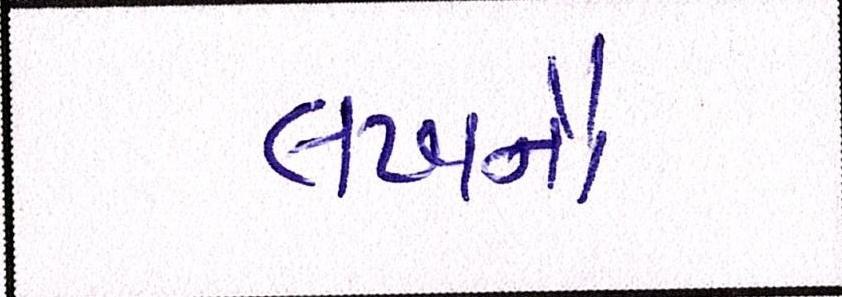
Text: લખનૌ